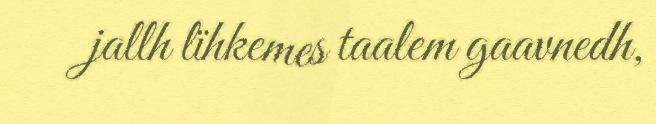
jallh lïhkemes taalem gaavnedh,